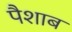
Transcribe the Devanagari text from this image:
पैशाब